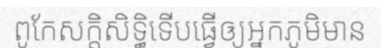
ពូកែសក្តិសិទ្ធិទើបធ្វើឲ្យអ្នកភូមិមាន